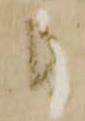
候